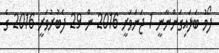
ފޯމު ބަލައިގަންނާނީ 1 ޖަނަވަރީ 2016 ން 29 ފެބުރުވަރީ 2016 ގެ